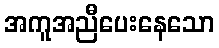
အကူအညီပေးနေသော